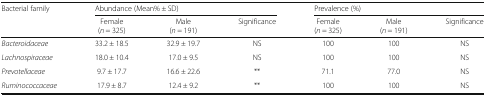
<table><thead><tr><td rowspan="2"><b>Bacterial family</b></td><td colspan="3"><b>Abundance (Mean% ± SD)</b></td><td colspan="3"><b>Prevalence (%)</b></td></tr><tr><td><b>Female(<i>n</i> = 325)</b></td><td><b>Male(<i>n</i> = 191)</b></td><td><b>Significance</b></td><td><b>Female(<i>n</i> = 325)</b></td><td><b>Male(<i>n</i> = 191)</b></td><td><b>Significance</b></td></tr></thead><tbody><tr><td><i>Bacteroidaceae</i></td><td>33.2 ± 18.5</td><td>32.9 ± 19.7</td><td>NS</td><td>100</td><td>100</td><td>NS</td></tr><tr><td><i>Lachnospiraceae</i></td><td>18.0 ± 10.4</td><td>17.0 ± 9.5</td><td>NS</td><td>100</td><td>100</td><td>NS</td></tr><tr><td><i>Prevotellaceae</i></td><td>9.7 ± 17.7</td><td>16.6 ± 22.6</td><td>**</td><td>71.1</td><td>77.0</td><td>NS</td></tr><tr><td><i>Ruminococcaceae</i></td><td>17.9 ± 8.7</td><td>12.4 ± 9.2</td><td>**</td><td>100</td><td>100</td><td>NS</td></tr></tbody></table>